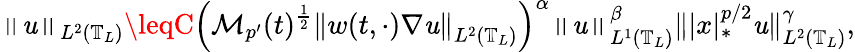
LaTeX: \left\| \mathit{u}\right\| _{L^{2}\left(\mathbb{{T}}_{L}\right)}\leqC\left(\mathcal{{M}}_{p^{\prime}}(t)^{\frac{1}{2}}\left\| w(t,\cdot)\nabla\mathit{u}\right\| _{L^{2}\left(\mathbb{{T}}_{L}\right)}\right)^{\alpha}\left\| \mathit{u}\right\| _{L^{1}\left(\mathbb{{T}}_{L}\right)}^{\beta}\| |x|_{*}^{p/2}\mathit{u}\| _{L^{2}\left(\mathbb{{T}}_{L}\right)}^{\gamma},